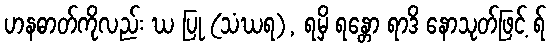
ဟနဓာတ်ကိုလည်း ဃ ပြု (သံဃရ), ရမှိ ရန္တော ရာဒိ နောသုတ်ဖြင့် ရ်